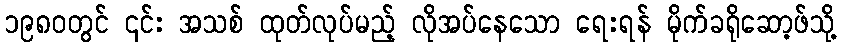
၁၉၈၀တွင် ၎င်း အသစ် ထုတ်လုပ်မည့် လိုအပ်နေသော ရေးရန် မိုက်ခရိုဆော့ဖ်သို့